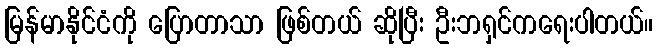
မြန်မာနိုင်ငံကို ပြောတာသာ ဖြစ်တယ် ဆိုပြီး ဦးဘရှင်ကရေးပါတယ်။